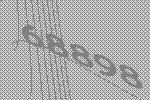
68898